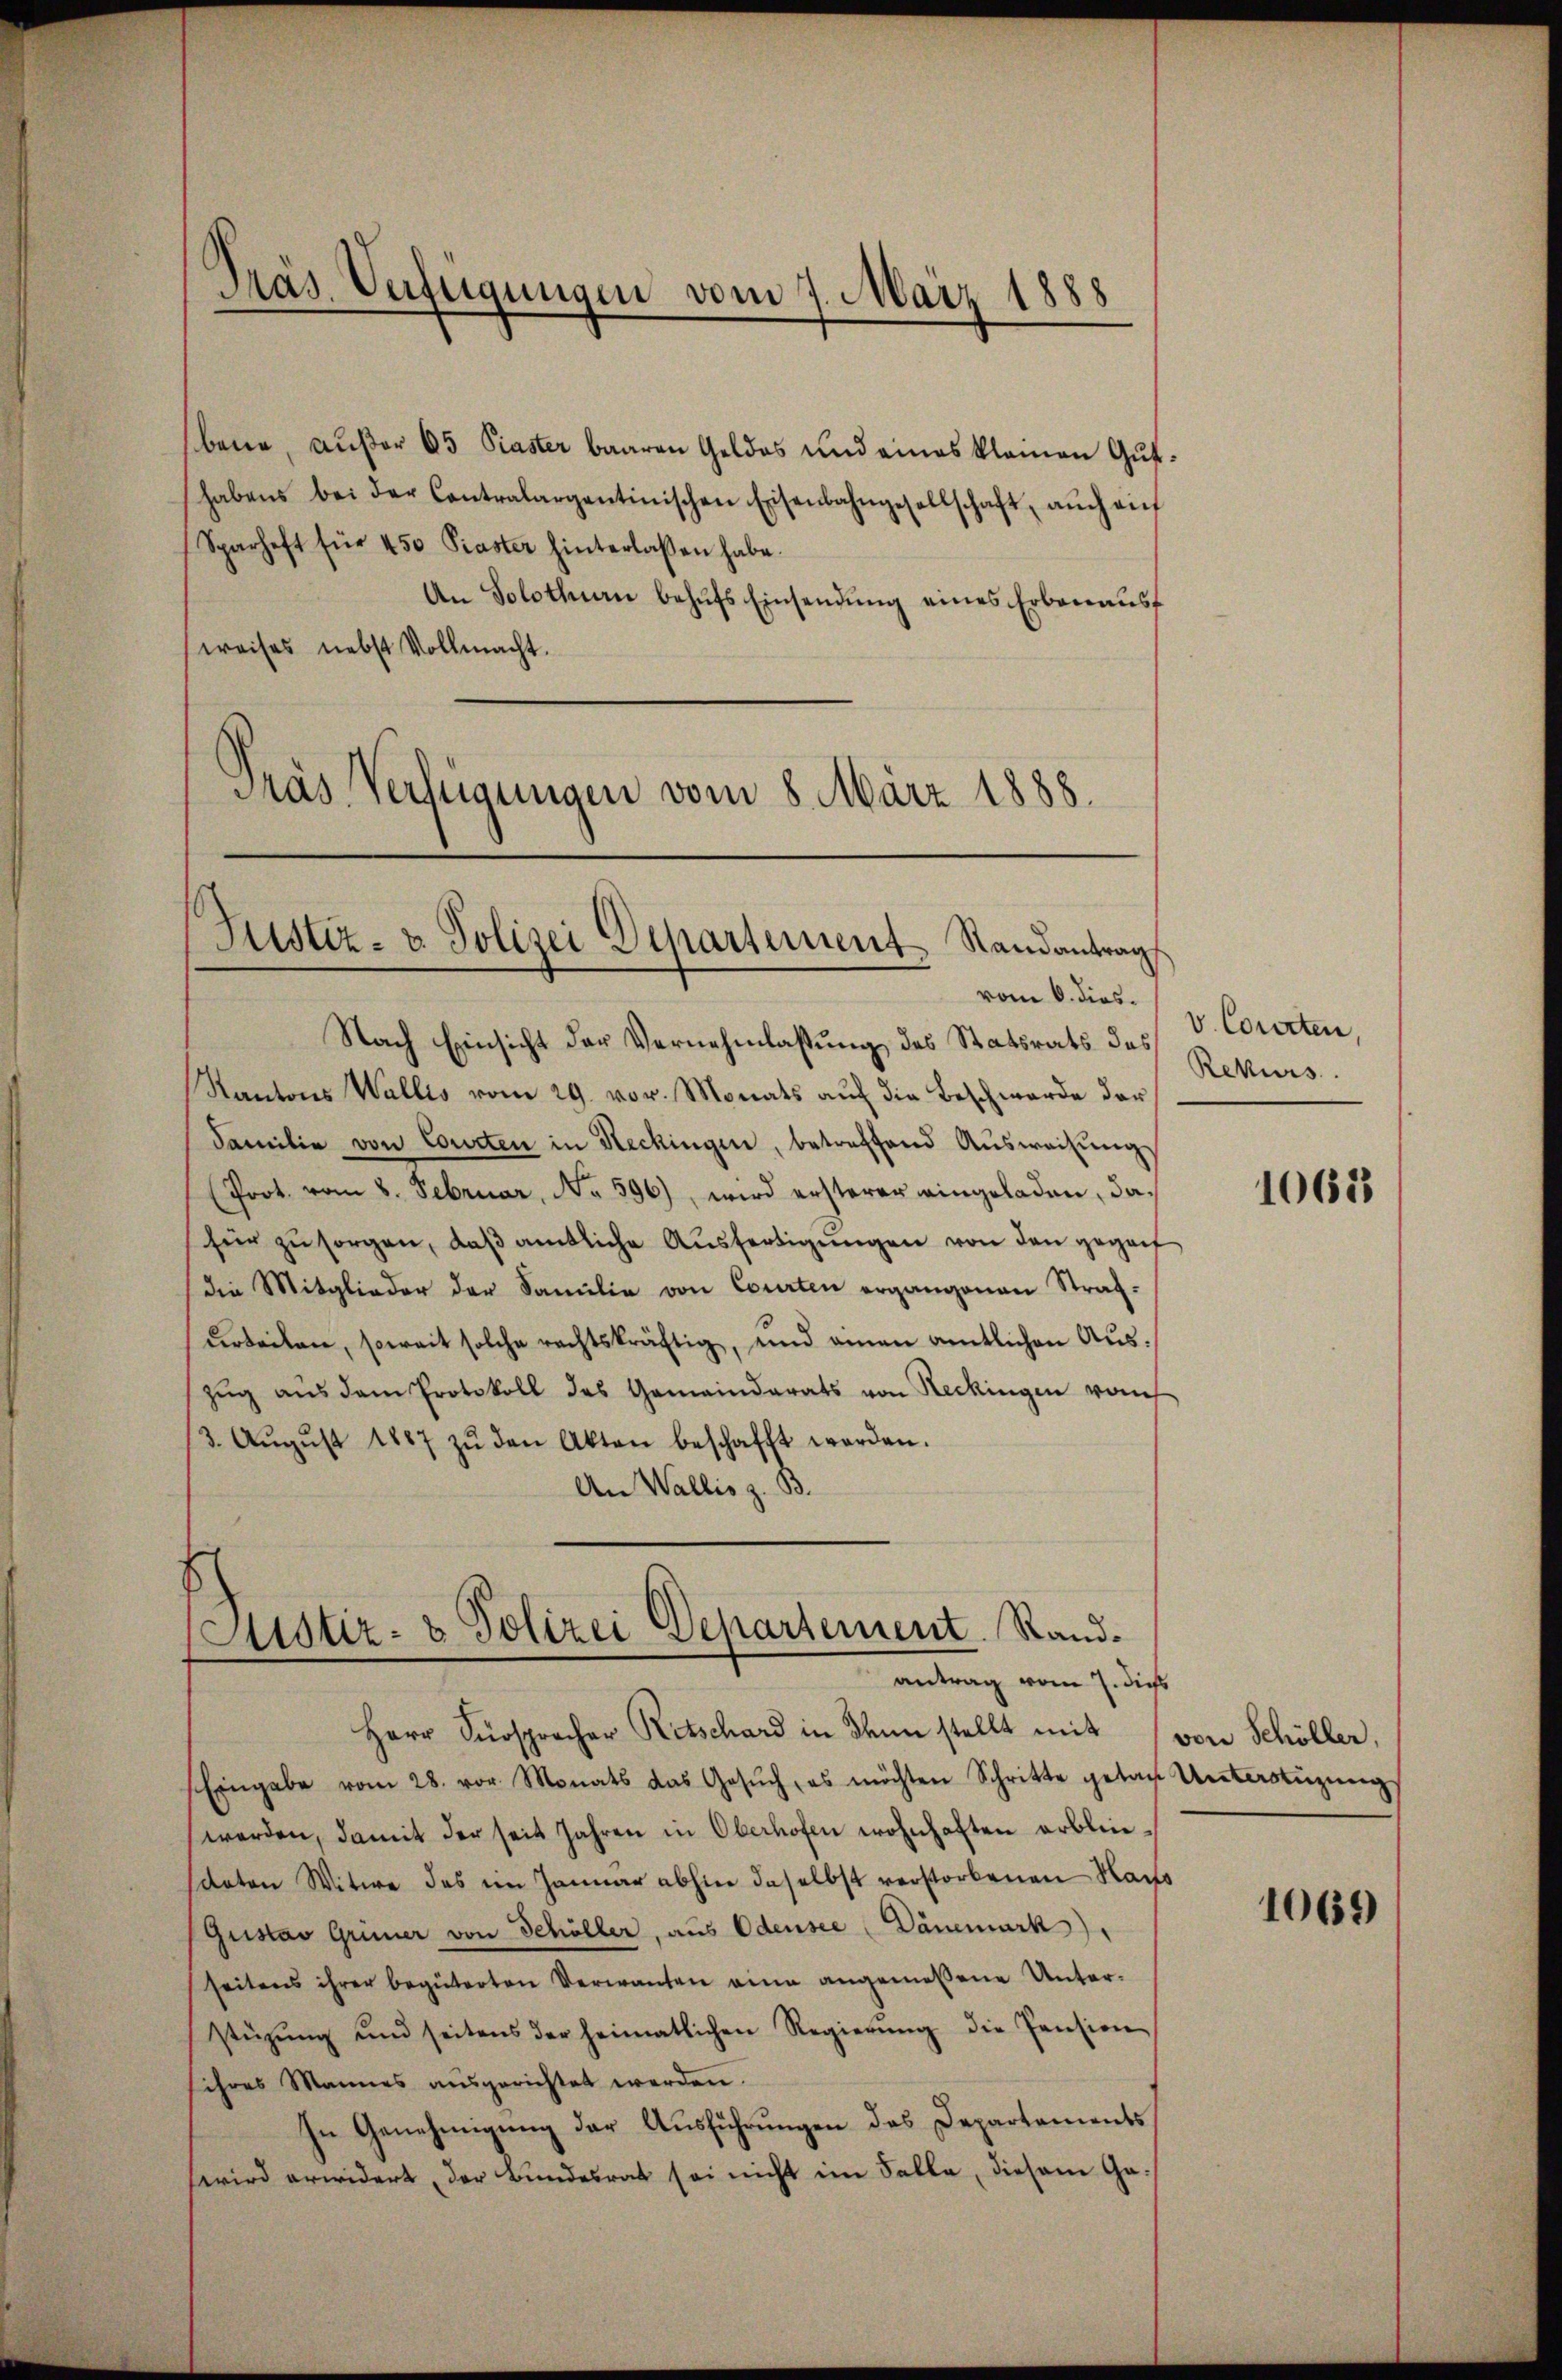
Tras Verfügungen vom 7. März 1888

Sparheft für 450 Piaster hinterlassen habe.
weises nebst Vollmacht.
Pras Verfügungen vom 8. März 1888.

Justiz- & Polizei Departement Standantrags

bene, außer 65 Piaster baaren Geldes und eines klainen Guthabens bei der Contralargentinischen Eisenbahngesellschaft, aŭch aŭf
An Solothurn behŭfs Einsendŭng eines Erbenaŭsf

Nach Einsicht der Vernehmlassung des Statsrats des Rekurs
Kantons Wallis vom 29. vor. Monats auf die Beschwerde der
Familie von Courten in Heckingen, betreffend Ausweisung
(Prot. vom 8. Februar, No 596), wird ersterer eingeladen, dafür zŭ sorgen, daβ amtliche Aŭsfertigŭngen von den gegent
die Mitglieder der Familie von Courten ergangenen Straf-
urteilen, soweit solche rechtskräftig, und einen amtlichen Auszug aus dem Protokoll des Gemeindrats von Reckingen von
(3. Aŭgŭst 1887 zŭ den Akten beschafft worden.
An Wallis z. B.

(Justiz- & Polizei Departement. Randantrag vom 7. dies

Herr Fürsprocher Retschard in denn stellt mit von Schöller,
Eingabe vom 28. vor. Monats das Gesŭch, es möchten Schritte getan Unterstüzŭng
werden, damit der seit Jahren in Oberhofen wohnhaften erblinsdaten Witwe das im Januar abhin daselbst verstorbenen Nachs
Gustav Grüner von Schöller, aus Odensee " Dänemark)
seitens ihrer begüterten Verwanten eine angemeßene Unterstüzŭng und seitens der heimatlichen Regierŭng die Pension
sihres Mannes aŭsgerichtet werden.
In Genehmigung der Ausführungen des Departements
wird erwidert, der Bundesrat sei nicht im Falle, diesem Ga¬

vom 6. dies. v. Courten.

1062

1069